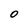
Character: O